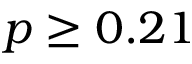
p \geq 0 . 2 1